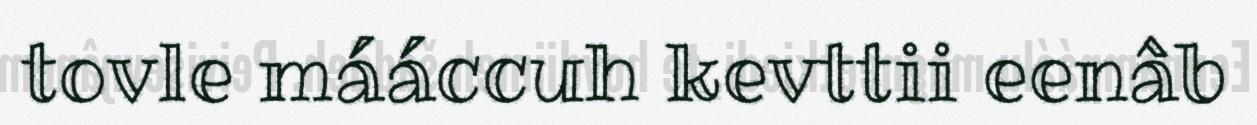
tovle mááccuh kevttii eenâb